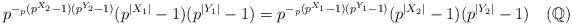
LaTeX: \begin{align*} p^{-_p(p^{X_{2}}-1)(p^{Y_{2}}-1)}(p^{|X_{1}|}-1)(p^{|Y_{1}|}-1)=p^{-_p(p^{X_{1}}-1)(p^{Y_{1}}-1)}(p^{|X_{2}|}-1)(p^{|Y_{2}|}-1) \ \ \ ( \mathbb{Q} )\end{align*}